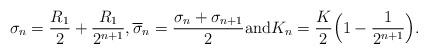
LaTeX: \begin{align*}\sigma_{n} = \frac{R_1}{2} + \frac{R_1}{2^{n+1}}, \overline{\sigma}_{n} = \frac{\sigma_{n} + \sigma_{n+1}}{2} \mbox{and}K_{n} = \frac{K}{2}\Big(1-\frac{1}{2^{n+1}} \Big).\end{align*}